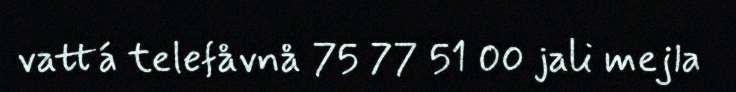
vattá telefåvnå 75 77 51 00 jali mejla